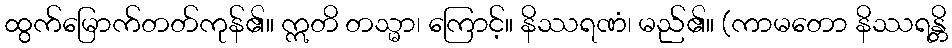
ထွက်မြောက်တတ်ကုန်၏။ ဣတိ တသ္မာ၊ ကြောင့်။ နိဿရဏံ၊ မည်၏။ (ကာမတော နိဿရန္တိ